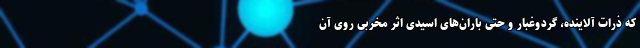
که ذرات آلاینده، گردوغبار و حتی باران‌های اسیدی اثر مخربی روی آن